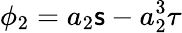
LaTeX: \phi_{2}=a_{2}\mathsf{s}-a_{2}^{3}\tau